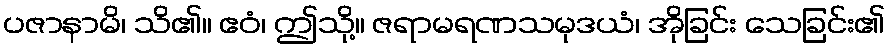
ပဇာနာမိ၊ သိ၏။ ဧဝံ၊ ဤသို့။ ဇရာမရဏသမုဒယံ၊ အိုခြင်း သေခြင်း၏